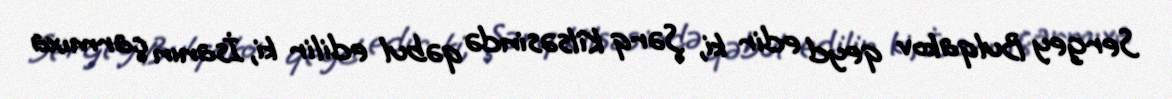
Sergey Bulqakov qeyd edir ki, Şərq Kilsəsində qəbul edilir ki, İsanın çarmıxa